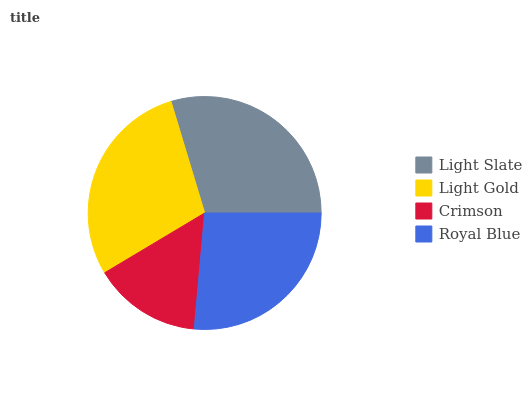
| Light Slate | Light Gold | Crimson | Royal Blue |
 | --- | --- | --- | --- |
 | 29.6% | 29% | 15% | 26.4% |